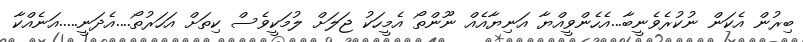
ބިރުން އެކަން ނުކުރެވެނީބާ...އެހެންވީއްޔާ އަނިޔާއެއް ނޫންތޯ އެމީހަކު ޖަލަށް ލުމަކީވެސް ކިތަށް އަހަރުތޯ....އެދަނީ.....އަނެއްކާ